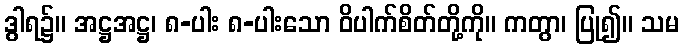
ဒွါရ၌။ အဋ္ဌအဋ္ဌ၊ ၈-ပါး ၈-ပါးသော ဝိပါက်စိတ်တို့ကို။ ကတွာ၊ ပြု၍။ သမ